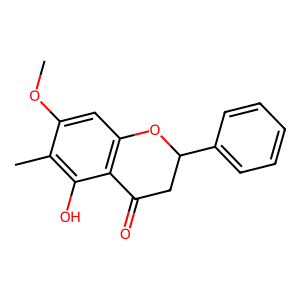
SMILES: COc1cc2c(c(O)c1C)C(=O)CC(c1ccccc1)O2
Inhibits HIV replication: No